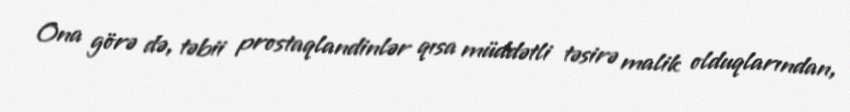
Ona görə də, təbii prostaqlandinlər qısa müddətli təsirə malik olduqlarından,